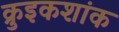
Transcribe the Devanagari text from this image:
क्रुइकशांक